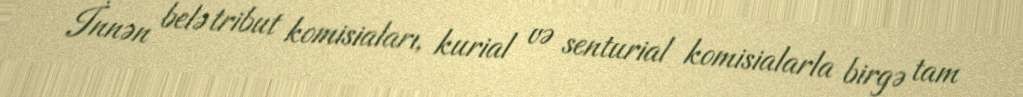
İnnən belə tribut komisiaları, kurial və senturial komisialarla birgə tam